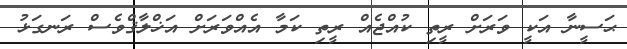
ޙަސީނާ އަކީ ވަރަށް ރީތި ކުއްޖެއް ރީތި ކަމާ އެއްވަރަށް އަޚްލާޤްވެސް ރަނގަޅު